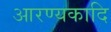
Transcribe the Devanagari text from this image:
आरण्यकादि